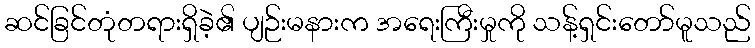
ဆင်ခြင်တုံတရားရှိခဲ့၏ ပျဉ်းမနားက အရေးကြီးမှုကို သန့်ရှင်းတော်မူသည်